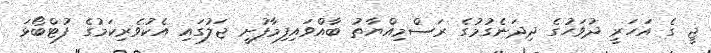
ޖީ ގެ އަހަރީ ދުވަހުގެ ދިދަނެގުމުގެ ރަސްމިއްޔާތު ބާއްވައިފިމާފުށީ ޖަލުގައި އެކުވެރިކަމުގެ ފުޓްބޯޅަ